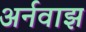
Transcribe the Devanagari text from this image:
अर्नवाझ